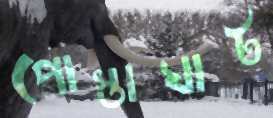
পোস্তাঘাট